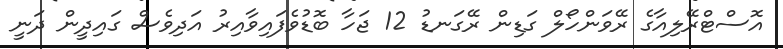
އޮސްޓްރޭލިއާގެ ރޭވަންހޯލް ގަޑިން ރޭގަނޑު 12 ޖަހާ ބޮޑުވެފައިވާއިރު އަދިވެސް ގައިދީން ދަނީ